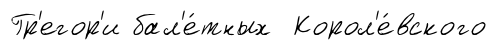
Гр'егор'и бал'е́тных Корол'е́вского